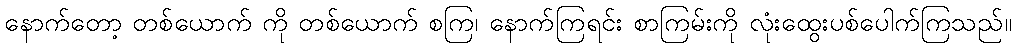
နောက်တော့ တစ်ယောက် ကို တစ်ယောက် စကြ၊ နောက်ကြရင်း စာကြမ်းကို လုံးထွေးပစ်ပေါက်ကြသည်။